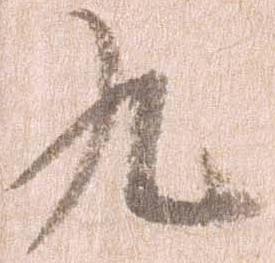
九